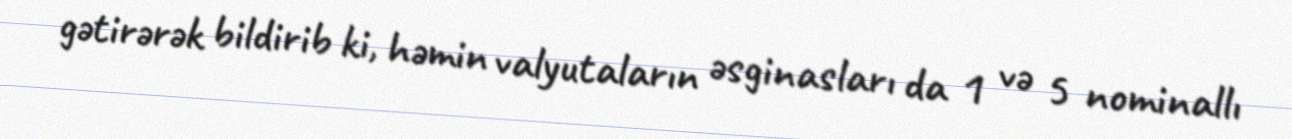
gətirərək bildirib ki, həmin valyutaların əsginasları da 1 və 5 nominallı